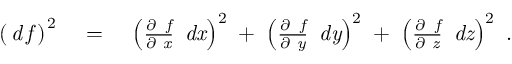
\begin{array} { r l r } { \mathrm { ~ \, ( \, } \mathrm { \it \/ d \, f \/ } \mathrm { \, ) } ^ { \mathrm { \, 2 \/ } } } & { \mathrm { \ = \ } } & { \left( { \frac { \partial \, \mathrm { \it ~ f \/ } } { \partial \mathrm { \it ~ x \/ } } } \, \mathrm { \it ~ d \/ x \/ } \right) ^ { \mathrm { \/ 2 } } \mathrm { ~ + ~ } \left( { \frac { \partial \, \mathrm { \it ~ f \/ } } { \partial \mathrm { \it ~ y \/ } } } \, \mathrm { \it ~ d \/ y \/ } \right) ^ { \mathrm { \/ 2 } } \mathrm { ~ + ~ } \left( { \frac { \partial \, \mathrm { \it ~ f \/ } } { \partial \mathrm { \it ~ z \/ } } } \, \mathrm { \it ~ d \/ z \/ } \right) ^ { \mathrm { \/ 2 } } \mathrm { \ . } } \end{array}